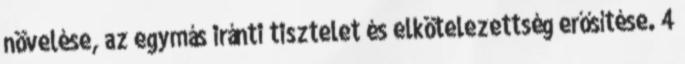
növelése, az egymás iránti tisztelet és elkötelezettség erősítése. 4